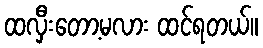
ထလှီးတော့မလား ထင်ရတယ်။